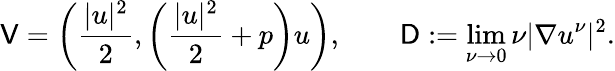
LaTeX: \mathsf{V}=\left(\frac{|u|^{2}}{2},\left(\frac{|u|^{2}}{2}+p\right)u\right),\qquad\mathsf{D}:=\operatorname*{lim}_{\nu\to 0}\nu|\nabla u^{\nu}|^{2}.